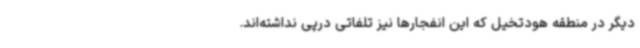
دیگر در منطقه هودتخیل که این انفجارها نیز تلفاتی درپی نداشته‌اند.